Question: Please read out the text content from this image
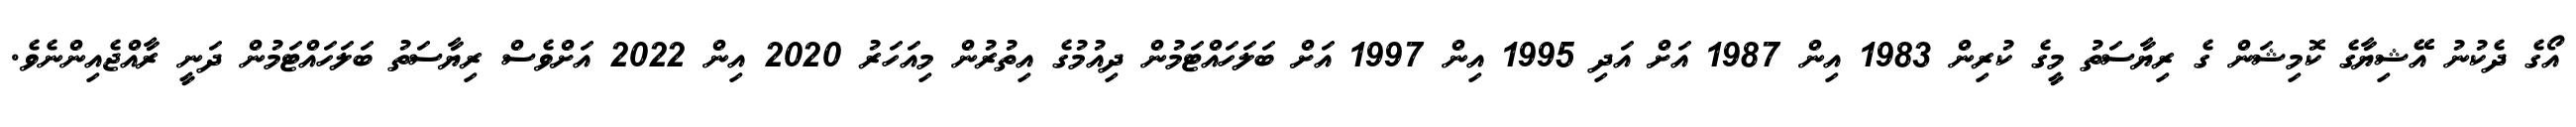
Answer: އޯގެ ދެކުނު އޭޝިޔާގެ ކޮމިޝަން ގެ ރިޔާސަތު މީގެ ކުރިން 1983 އިން 1987 އަށް އަދި 1995 އިން 1997 އަށް ބަލަހައްޓަމުން ދިއުމުގެ އިތުރުން މިއަހަރު 2020 އިން 2022 އަށްވެސް ރިޔާސަތު ބަލަހައްޓަމުން ދަނީ ރާއްޖެއިންނެވެ.